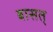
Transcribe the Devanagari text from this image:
बासत्